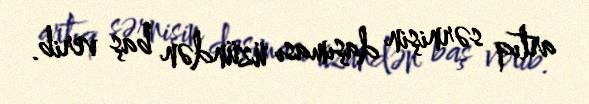
artıq sərnişin daşıması üzündən baş verib.